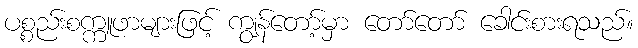
ပစ္စည်းစက္ကူဖာများဖြင့် ကျွန်တော့်မှာ တော်တော် ခေါင်းစားရသည်။